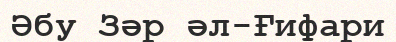
Әбу Зәр әл-Ғифари